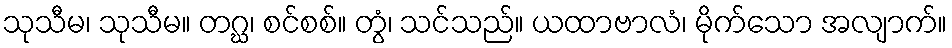
သုသီမ၊ သုသီမ။ တဂ္ဃ၊ စင်စစ်။ တွံ၊ သင်သည်။ ယထာဗာလံ၊ မိုက်သော အလျာက်။